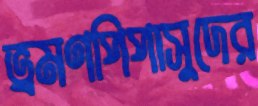
ভ্রমণপিপাসুদের